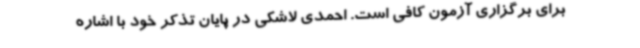
برای برگزاری آزمون کافی است. احمدی لاشکی در پایان تذکر خود با اشاره